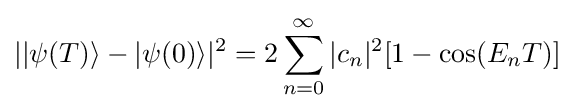
||\psi (T)\rangle -|\psi (0)\rangle |^{2}=2\sum _{n=0}^{\infty }|c_{n}|^{2}[1-\cos(E_{n}T)]